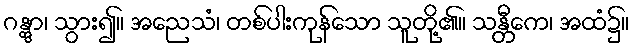
ဂန္တွာ၊ သွား၍။ အညေသံ၊ တစ်ပါးကုန်သော သူတို့၏။ သန္တီကေ၊ အထံ၌။